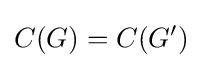
C(G)=C(G')